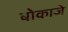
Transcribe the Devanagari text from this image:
बोकाजे